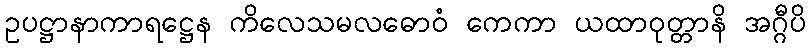
ဥပဋ္ဌာနာကာရဋ္ဌေန ကိလေသမလဓောဝံ ကေကာ ယထာဝုတ္တာနိ အဂ္ဂီပိ